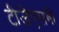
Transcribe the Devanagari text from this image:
टीजेएसबी